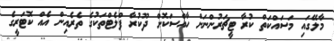
މާލޭގައި މަސައްކަތް ކުރާ ޓީޗަރުންނަށް ހާއްސަކޮށް ދޫކުރާ ފްލެޓްތަކުގެ ތެރެއިން އެއް ކޮޓަރީގެ